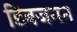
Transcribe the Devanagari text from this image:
डिंबजनन